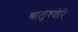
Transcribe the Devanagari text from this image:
बालुश्शेरि